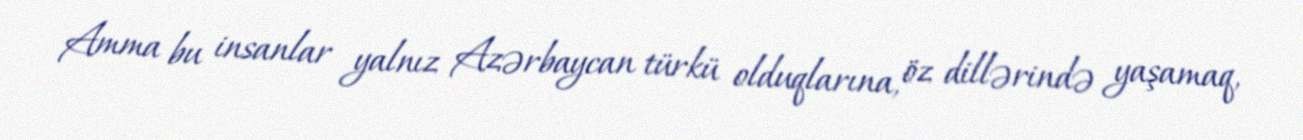
Amma bu insanlar yalnız Azərbaycan türkü olduqlarına, öz dillərində yaşamaq,